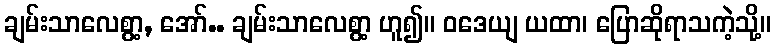
ချမ်းသာလေစွာ့, အော်.. ချမ်းသာလေစွာ့ ဟူ၍။ ဝဒေယျ ယထာ၊ ပြောဆိုရာသကဲ့သို့။